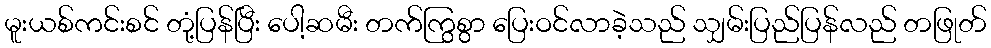
မူးယစ်ကင်းစင် တုံ့ပြန်ပြီး ပေါ့ဆမီး တက်ကြွစွာ ပြေးဝင်လာခဲ့သည် သျှမ်းပြည်ပြန်လည် တဖြုတ်